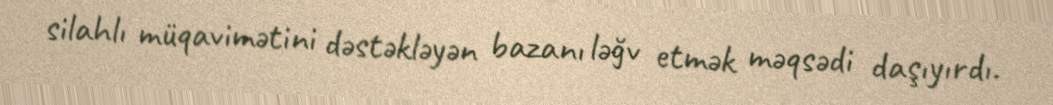
silahlı müqavimətini dəstəkləyən bazanı ləğv etmək məqsədi daşıyırdı.